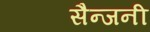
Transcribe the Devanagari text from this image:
सैन्जनी